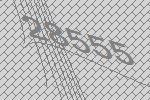
28555